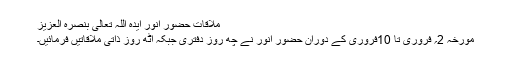
ملاقات حضورِ انور ایدہ اللہ تعالیٰ بنصرہ العزیز
مورخہ 2؍ فروری تا 10فروری کے دوران حضورِ انور نے چھ روز دفتری جبکہ آٹھ روز ذاتی ملاقاتیں فرمائیں۔